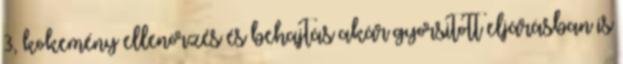
3, kökemény ellenörzés és behajtás akár gyorsitott eljárásban is